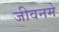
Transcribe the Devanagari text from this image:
जीवनमे